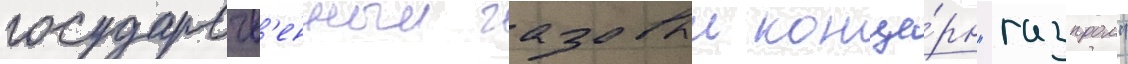
государств'енныи газовыи конце́рн "газпром"